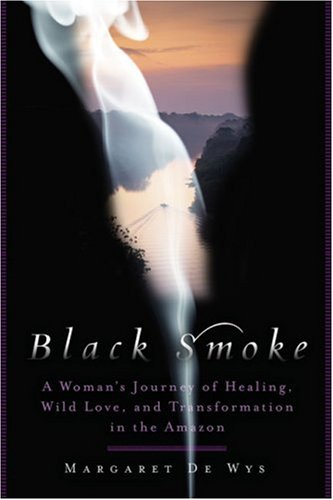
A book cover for Black Smoke: A Woman's Journey of Healing, Wild Love, and Transformation in the Amazon; Margaret De Wys; Travel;